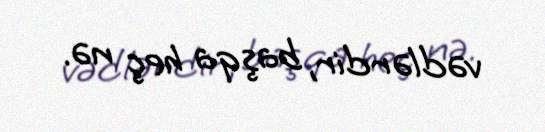
vədlərdir, başqa heç nə.